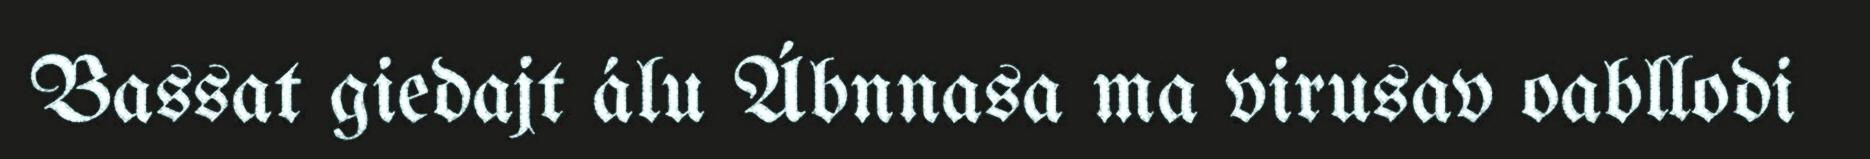
Bassat giedajt álu Ábnnasa ma virusav oabllodi